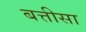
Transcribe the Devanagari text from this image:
बत्तीसा